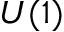
U ( 1 )